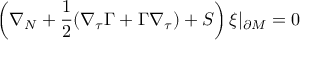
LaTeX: \left( \nabla _ { N } + \frac 1 2 ( \nabla _ { \tau } \Gamma + \Gamma \nabla _ { \tau } ) + { \cal S } \right) \xi \vert _ { \partial { \cal M } } = 0